Lunatic asylums United Provinces 1909-1921 - 1909-1921
Year: 1909
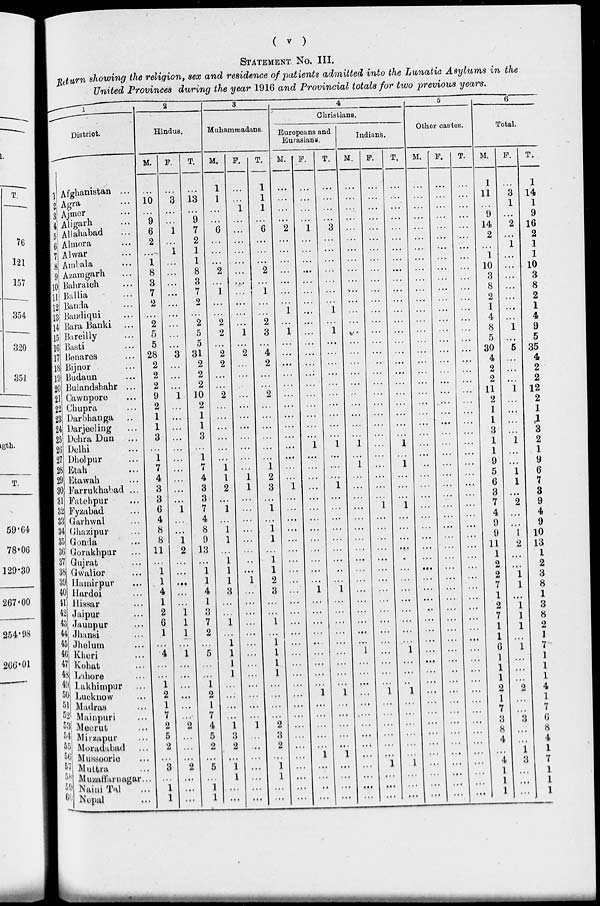
( v )
STATEMENT No. III.
Return showing the religion, sex and residence of patients admitted into the Lunatic Asylums in the
United Provinces during the year 1916 and Provincial totals for two previous years.
1
District.
1
2
3
4
5
6
7
8
9
10
11
12
13
14
15
16
17
18
19
20
21
22
23
24
25
26
27
28
29
30
31
32
33
34
35
36
37
38
39
40
41
42
43
44
45
46
47
48
49
50
51
52
53
54
55
56
57
58
59
60
Afghanistan ...
Agra …
Ajmer ...
Aligarh ...
Allahabad …
Almora ...
Alwar ...
Ambala ...
Azamgarh ...
Bahraich ...
Ballia ...
Banda ...
Bandiqui ...
Bara Banki ...
Bareilly ...
Basti ...
Benares ...
Bijnor ...
Budaun ...
Bulandshahr ...
Cawnpore ...
Chupra ...
Darbhanga ...
Darjeeling ...
Dehra Dun ...
Delhi …
Dholpur ...
Etah ...
Etawah ...
Farrukhabad ...
Fatehpur ...
Fyzabad ...
Garhwal ...
Ghazipur ...
Gonda ...
Gorakhpur ...
Gujrat ...
Gwalior ...
Hamirpur ...
Hardoi ...
Hissar ...
Jaipur …
Jaunpur ...
Jhansi ...
Jhelum ...
Kheri ...
Kohat ...
Lahore ...
Lakhimpur ...
Lucknow ...
Madras ...
Mainpuri ...
Meerut ...
Mirzapur ...
Moradabad ...
Mussoorie ...
Muttra ...
Muzaffarnagar ...
Nain Tal ...
Nepal ...
2
Hindus.
M.
…
10
…
9
6
2
…
1
8
3
7
2
…
2
5
5
28
2
2
2
9
2
1
1
3
…
1
7
4
3
3
6
4
8
8
11
...
1
1
4
1
2
6
1
…
4
…
…
1
2
1
7
2
5
2
…
3
…
1
1
F.
…
3
...
…
1
…
1
...
…
…
…
…
…
...
…
…
3
…
…
…
1
…
…
…
…
…
...
…
…
…
…
1
…
…
1
2
…
...
…
…
…
1
1
1
…
1
…
…
…
…
...
...
2
…
…
…
2
…
…
…
T.
...
13
...
9
7
2
1
1
8
3
7
2
…
2
5
5
31
2
2
2
10
2
1
1
3
…
1
7
4
3
3
7
4
8
9
13
...
1
1
4
1
3
7
2
…
5
…
… 1
2
1
7
4
5
2
…
5
…
1
1
3
Muhammadans.
M.
1
1
…
…
6
…
…
…
2
…
1
...
…
2
2
...
2
2
...
…
2
…
…
…
...
…
…
1
1
2
…
1
…
1
1
…
1
1
1
3
…
…
1
…
1
1
1
1
…
…
…
…
1
3
2
…
1
1
…
…
F.
…
…
1
…
…
…
…
…
…
…
…
. . .
…
…
1
...
2
…
…
…
...
…
…
…
...
…
…
…
1
1
...
...
…
…
…
…
…
…
1
…
...
...
...
…
…
…
…
...
…
…
…
…
1
…
…
…
…
…
…
…
T.
1
1
1
…
6
…
...
…
2
...
1
…
…
2
3
...
4
2
…
…
2
…
…
…
…
…
…
1
2
3
…
1
…
1
1
…
1
1
2
3
…
...
1
…
1
1
1
1
…
…
...
...
2
3
2
…
1
1
…
…
4
Christians.
Europeans and
Eurasians.
M.
…
…
…
…
2
…
…
…
...
…
...
…
1
…
1
…
...
…
...
…
...
…
…
…
...
…
…
…
...
1
...
...
…
…
...
…
...
…
…
…
…
...
...
…
…
…
…
...
…
…
…
…
...
...
…
…
…
…
...
...
F.
…
…
…
…
1
…
…
…
…
…
…
…
…
…
…
…
…
…
…
...
…
…
…
…
…
1
…
…
…
...
…
...
…
…
...
…
…
…
…
1
…
…
…
…
…
…
…
...
…
1
…
…
…
…
…
1
…
…
…
…
T.
…
…
…
...
3
…
…
...
…
…
…
…
1
…
1
…
…
…
…
…
…
…
...
…
...
1
…
…
…
1
…
…
…
…
…
…
…
…
...
1
…
...
…
…
…
…
…
...
…
1
…
…
...
…
…
1
…
…
…
…
Indians.
M.
…
…
…
…
…
…
…
…
…
…
…
…
…
…
…
…
…
…
...
…
…
…
…
...
…
1
…
1
...
…
…
…
…
…
…
…
…
…
…
…
…
…
…
…
…
1
…
…
…
…
…
…
…
…
…
…
…
…
…
...
F.
…
…
…
…
…
...
…
…
…
…
…
...
…
…
...
…
...
…
…
...
…
…
...
…
…
...
...
...
...
...
…
1
…
…
…
…
…
…
…
…
…
…
…
…
…
…
…
…
…
1
…
…
…
…
…
…
1
...
…
…
T.
…
…
…
...
...
…
…
…
…
…
…
…
…
...
…
…
…
…
…
…
…
…
…
…
…
1
…
1
…
…
…
1
…
…
…
…
…
…
…
…
…
…
...
…
…
1
…
…
…
1
…
…
...
...
…
…
1
...
…
…
5
Other castes.
M.
…
…
…
…
…
…
…
...
…
…
…
…
…
…
…
…
…
…
...
…
…
…
…
…
…
…
…
…
…
…
…
...
…
…
...
…
…
…
…
…
…
…
...
...
…
…
…
…
…
…
…
…
…
…
…
…
…
…
…
…
F.
…
…
…
…
...
...
…
…
…
…
…
…
…
…
…
…
…
…
...
…
…
…
…
…
…
…
...
...
...
...
…
...
...
…
…
…
…
…
...
…
…
...
…
…
…
…
…
…
…
…
...
…
…
…
…
...
…
…
…
...
T.
…
…
…
…
…
...
…
…
…
…
…
…
…
…
…
…
…
...
…
...
…
…
…
…
…
…
…
…
…
…
…
...
…
…
…
…
…
…
…
…
...
…
…
…
…
…
…
...
…
…
…
…
…
...
…
…
…
…
…
…
6
Total.
M.
1
11
…
9
14
2
…
1
10
3
8
2
1
4
8
5
30
4
2
2
11
2
1
1
3
1
1
9
5
6
3
7
4
9
9
11
1
2
2
7
1
2
7
1
1
6
1
1
1
2
1
7
3
8
4
…
4
1
1
1
F.
…
3
1
…
2
…
1
…
…
…
…
…
…
…
1
…
5
…
…
…
1
…
…
...
…
1
...
...
1
1
…
2
…
…
1
2
…
…
1
1
…
1
1
1
...
1
…
...
...
2
...
…
3
…
…
1
3
…
…
...
T.
1
14
1
9
16
2
1
1
10
3
8
2
1
4
9
5
35
4
2
2
12
2
1
1
3
2
1
9
6
1
3
9
4
9
10
13
1
2
3
8
1
3
8
2
1
7
1
1
1
4
1
7
6
8
4
1
7
1
1
1